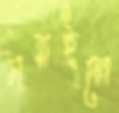
সরাইলে